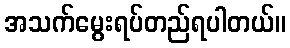
အသက်မွေးရပ်တည်ရပါတယ်။